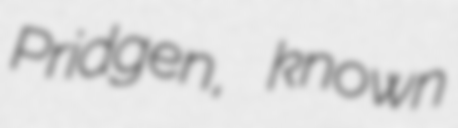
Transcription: Pridgen, known